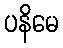
ပနိမေ